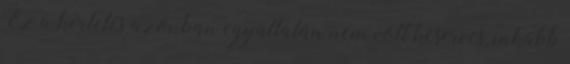
Ez a kérlelés azonban egyáltalán nem volt keserves, inkább